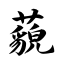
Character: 藐